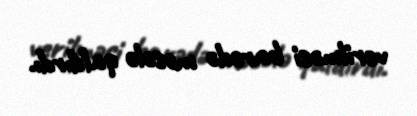
verilməsi barədə məsələ qaldırdı.